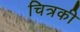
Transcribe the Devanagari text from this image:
चित्रकी